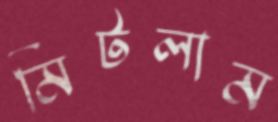
মিটলাম